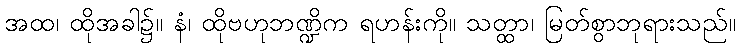
အထ၊ ထိုအခါ၌။ နံ၊ ထိုဗဟုဘဏ္ဍိက ရဟန်းကို။ သတ္ထာ၊ မြတ်စွာဘုရားသည်။